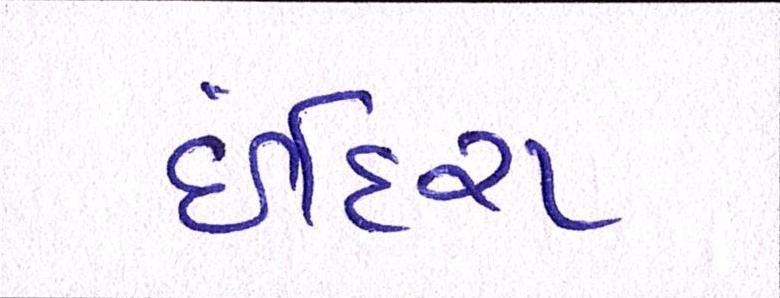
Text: ઈંદિરા